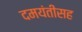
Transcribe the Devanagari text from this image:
दमयंतीसह